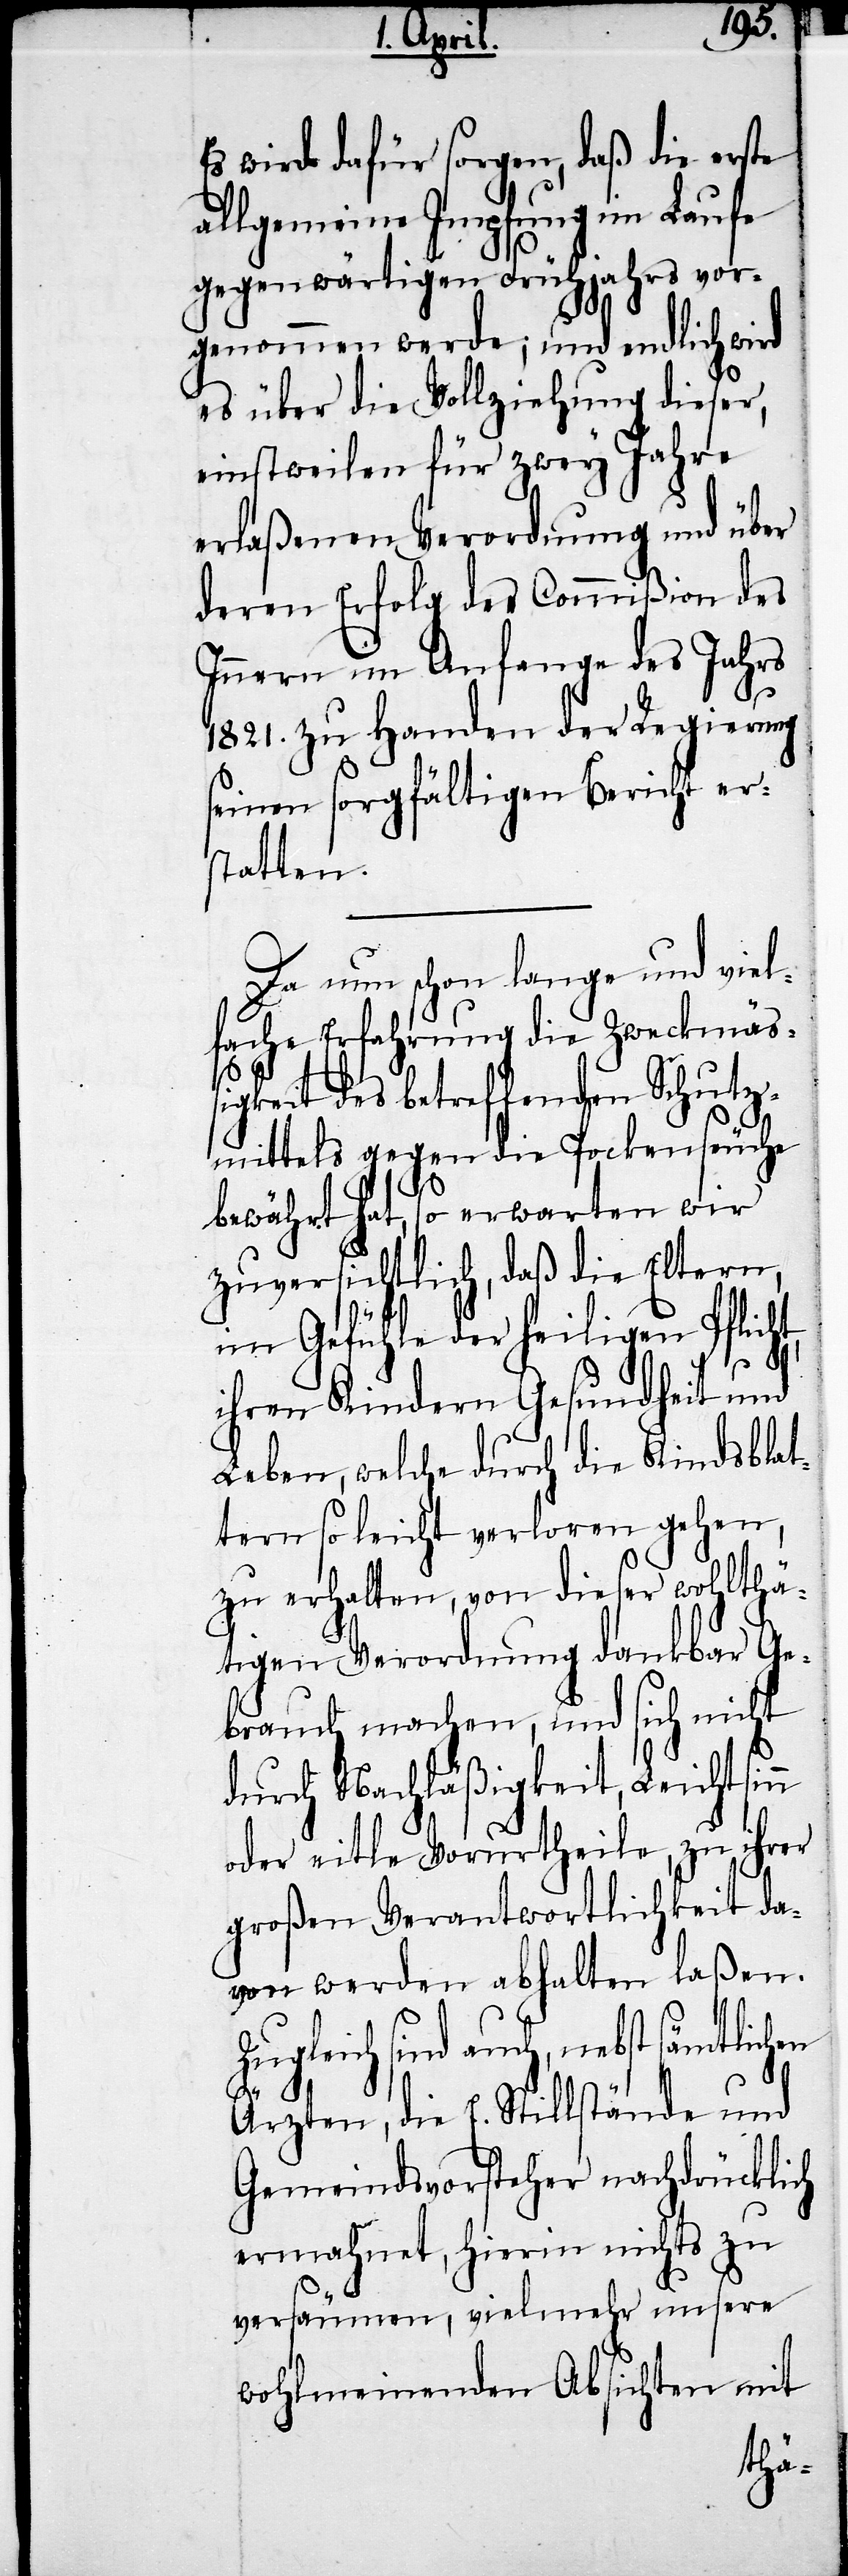
Es wird dafür sorgen, daß die erste
allgemeine Impfung im Laufe
gegenwärtigen Frühjahrs vor¬
genommen werde; und endlich wird
es über die Vollziehung dieser,
einstweilen für zwey Jahre
erlaßenen Verordnung und über
deren Erfolg der Commißion des
Innern im Anfange des Jahrs
1821. zu Handen der Regierung
seinen sorgfältigen Bericht er¬
statten.
Da nun schon lange und viel¬
fache Erfahrung die Zweckmäss¬
igkeit des betreffenden
mittels gegen die Pockenseuche
bewährt hat, so erwarten wir
zuversichtlich, daß die
im Gefühle der heiligen Pflic¬
ht,
ihren Kindern Gesundheit und
Leben, welche durch die Kindsblat¬
tern so leicht verloren gehen,
zu erhalten, von dieser wohlthä¬
tigen Verordnung dankbar Ge¬
brauch machen, und sich nicht
durch Nachläßigkeit, Leichtsinn
oder eitle Vorurtheile, zu ihrer
großen Verantwortlichkeit da¬
von werden abhalten laßen.
Zugleich sind auch, nebst sämtlich¬
en
Ärzten, die E. Stillstände und
Gemeindsvorsteher nachdrücklich
ermmahnet, hierin nichts zu
versäumen, vielmehr unsere
wohlmeinenden Absichten mit
Schut¬